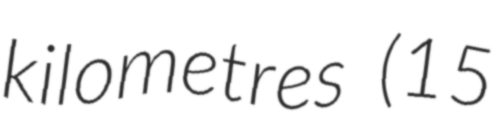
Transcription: kilometres (15